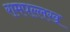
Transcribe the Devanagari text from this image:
रामपल्लख